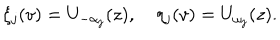
\xi _ { j } ( v ) = U _ { - \alpha _ { j } } ( z ) , \quad \eta _ { j } ( v ) = U _ { \omega _ { j } } ( z ) .